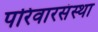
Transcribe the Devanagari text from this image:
परिवारसंस्था